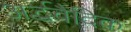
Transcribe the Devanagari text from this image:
अर्द्धवैदिक